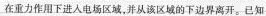
在重力作用下进入电场区域，并从该区域的下边界离开。已知